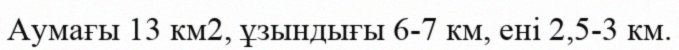
Аумағы 13 км2, ұзындығы 6-7 км, ені 2,5-3 км.